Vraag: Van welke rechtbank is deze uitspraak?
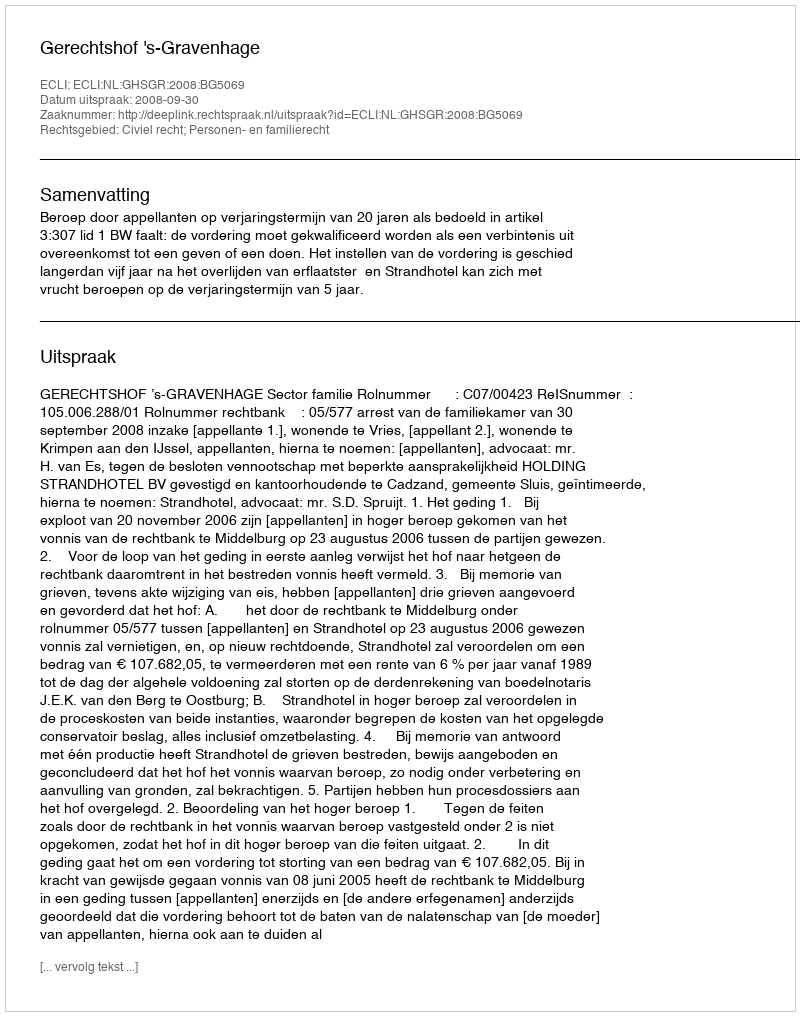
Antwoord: Gerechtshof 's-Gravenhage